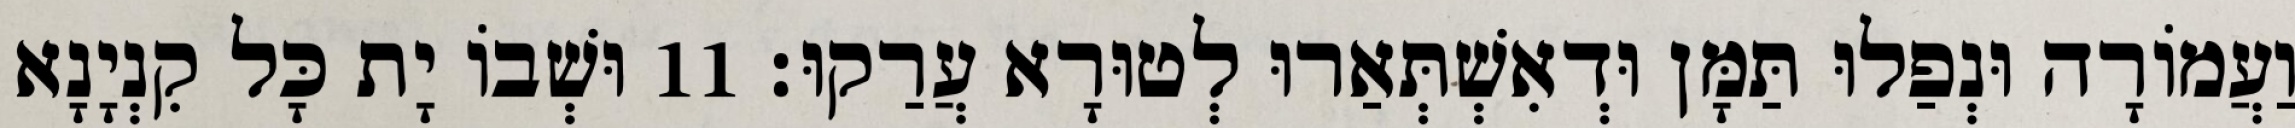
וַעֲמוֹרָה וּנְפַלוּ תַּמָּן וּדְאִשְׁתְּאַרוּ לְטוּרָא עֲרַקוּ׃ 11 וּשְׁבוֹ יָת כָּל קִנְיָנָא